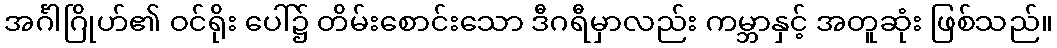
အင်္ဂါဂြိုဟ်၏ ဝင်ရိုး ပေါ်၌ တိမ်းစောင်းသော ဒီဂရီမှာလည်း ကမ္ဘာနှင့် အတူဆုံး ဖြစ်သည်။